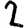
Digit: 2